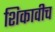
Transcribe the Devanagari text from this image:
शिकावीच